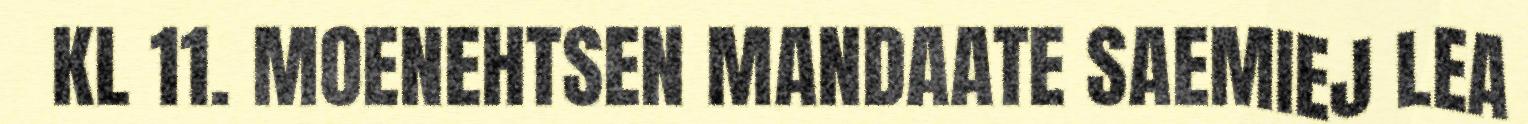
KL 11. ​​MOENEHTSEN MANDAATE SAEMIEJ LEA